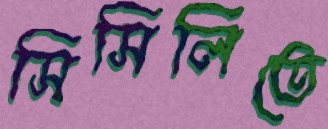
সিসিলিতে